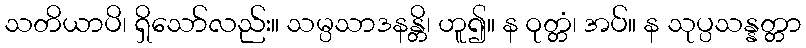
သတိယာပိ၊ ရှိသော်လည်း။ သမ္ပသာဒနန္တိ၊ ဟူ၍။ န ဝုတ္တံ၊ အပ်။ န သုပ္ပသန္နတ္တာ